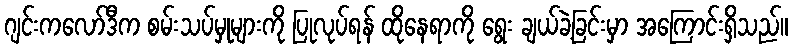
ဂျင်းကလော်ဒီက စမ်းသပ်မှုများကို ပြုလုပ်ရန် ထိုနေရာကို ရွေး ချယ်ခဲ့ခြင်းမှာ အကြောင်းရှိသည်။